Vital statistics of India. Vol. V, Reports of 1876 on armies & jails and on epidemic cholera
Year: 1876
Disease focus: Cholera
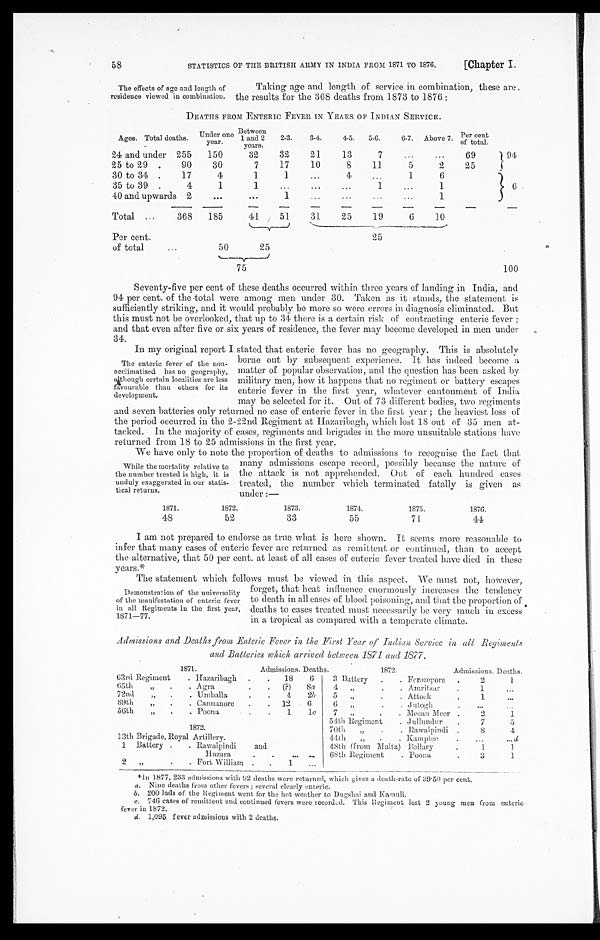
STATISTICS OF THE BRITISH ARMY IN INDIA FROM 1871 TO 1876.
[Chapter I.
58
The effects of age and length of
residence viewed in combination.
Taking age and length of service in combination, these are.
the results for the 368 deaths from 1873 to 1876 :
DEATHS FROM ENTERIC FEVER IN YEARS OF INDIAN SERVICE.
Ages.
T o t a l d e a t h s .
Under on
e
year.
Between
1 a n d 2
years.
2-3.
3-4.
4-5. 5-6.
6-7. Above 7. Per cent
of total.
24 and under 255
150
32
32
21
13
7
69
9 4
25 to 29
90
30
7
17
10
8
11
5
2
25
30 to 34
17
4
1
1
4
1
6
6
35 to 39
4
1
1
1
1
40 and upwards 2
1
1
Total
368
185
41
51
31
25
19
6
10
Per cent.
of total
25
50
75
100
Seventy-five per cent of these deaths occurred within three years of landing in India, and
94 per cent. of the total were among men under 30. Taken as it stands, the statement is
sufficiently striking, and it would probably be more so were errors in diagnosis eliminated. But
this must not be overlooked, that up to 31 there is a certain risk of contracting enteric fever ;
and that even after five or six years of residence, the fever may become developed in men under
34.
In my original report I stated that enteric fever has no geography. This is absolutely
The enteric fever of the non-
acclimatised has no geography,
although certain localities arc less
favourable than others for its
development.
borne out by subsequent experience. It has indeed become a
matter of popular observation, and the question has been asked by
military men, how it happens that no regiment or battery escapes
enteric fever in the first year, whatever cantonment of India
may be selected for it. Out of 73 different bodies, two regiments
and seven batteries only returned no case of enteric fever in the first year ; the heaviest loss of
the period occurred in the 2-22nd Regiment at Hazaribagh, which lost 18 out of 35 men at
- t a c k e d . I n t h e m a j o r i t y o f c a s e s , r e g i m e n t s a n d b r i g a d e s i n t h e m o r e u n s u i t a b l e s t a t i o n s h a v e
returned from 18 to 25 admissions in the first year.
We have only to note the proportion of deaths to admissions to recognise the fact that
While the mortality relative to
the number treated is high, it is
unduly exaggerated in our statis
- t i c a l
. r e t u r n s .
many admissions escape record, possibly because the nature of
the attack is not apprehended. Out of each hundred cases
treated, the number which terminated fatally is given as
under :—
1871.
1872.
1873.
1874.
1875.
1876.
48
52
33
55
71
44
I am not prepared to endorse as true -what is here shown. It seems more reasonable to
infer that many cases of enteric fever are returned as remittent or continued, than to accept
the alternative, that 50 per cent. at least of all cases of enteric fever treated have died in these
years.*
The statement which follows must be viewed in this aspect. We must not, however,
Demonstration of the universality
of the manifestation of enteric fever
in all Regiments in the first year,
1871—77.
forget, that heat influence enormously increases the tendency
to death in all eases of blood poisoning, and that the proportion of
deaths to cases treated must necessarily be very much in excess
in a tropical as compared with a temperate climate.
Admissions and Deaths from Enteric Fever in the First Year of Indian Service in all Regiments
and Batteries which, arrived between, 1871 and 1877.
1871.
A d m i s s i o n s .
Deaths.
1872.
Admissions. Deaths.
63rd Regiment
Hazaribagh
18
6
3 Battery
Ferozeyore
2
1
65 „
Agra
(?)
8a
4 „
Amritsar
1
72nd „
Umballa
4
2b
5 „
Attock
1
89th „
Cannanore
12
6
6 ,,
Jutogh
56th „
Poona
1
lc
7
„
Meean Meer
2
1
54th Regiment
Jullundur
7
5
1872.
70th
„
Rawalpindi .8
4
13th Brigade, Royal Artillery.
44th „
Kamptee
d
1 Battery
Rawalpindi and
48th (from Malta) Bellary
1
1
Hazara
68th Regiment
Poona
3
1
2 „
Fort William
1
*In 1877, 233 admissions with 92 deaths were returned, which gives a death-rate of 39.50 per cent.
a. Nine deaths from other fevers; several clearly enteric.
b. 200 lads of the Regiment went for the hot weather to Dugshai and Kasauli.
c. 746 cases of remittent and continued fevers were recorded. This Regiment lost 2 young men from enteric
fever in 1872.
d. 1,095 fever admissions with 2 deaths.